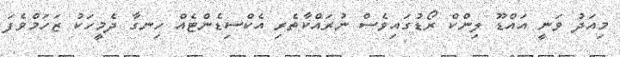
މިއަދު ވަނީ އައްޑޫ ލިންކް ރޯޑުގައިވެސް ނުރައްކާތެރި އެކްސިޑެންޓެއް ހިނގާ ދެމީހަކު ޒަހަމްވެފަ